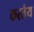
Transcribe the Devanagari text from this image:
करतैय